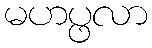
မဟပ္ဖလာ